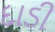
દાડી